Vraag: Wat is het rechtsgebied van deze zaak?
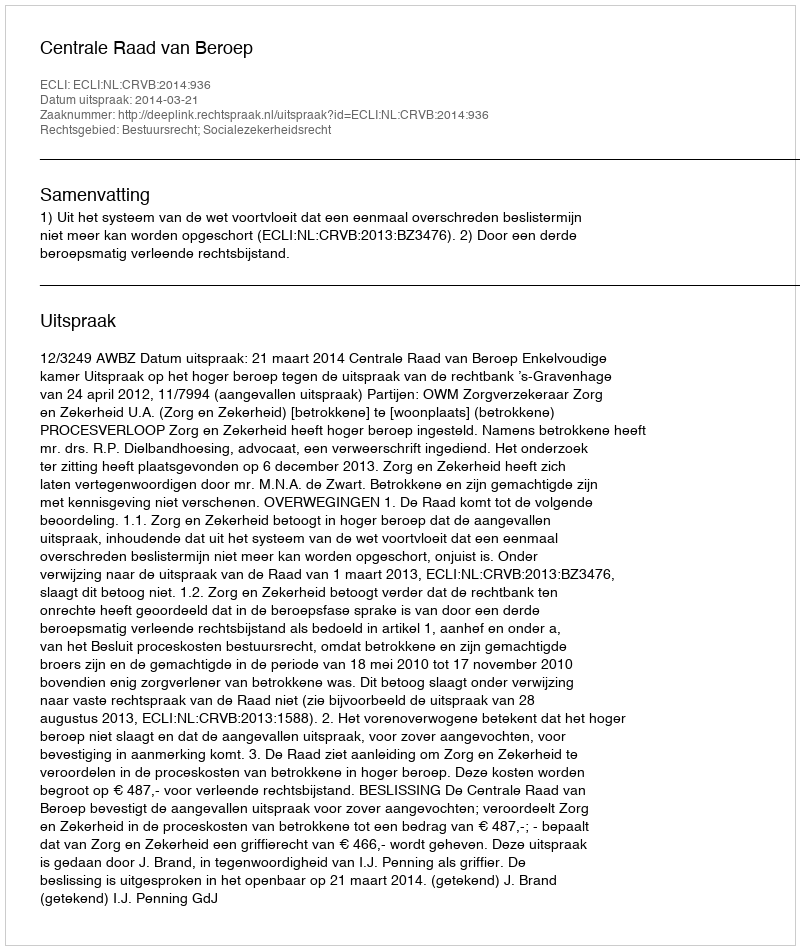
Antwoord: Bestuursrecht; Socialezekerheidsrecht